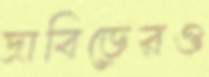
দ্রাবিড়েরও